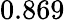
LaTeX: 0.869